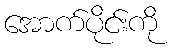
အောက်ပိုင်းကို